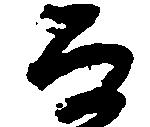
な